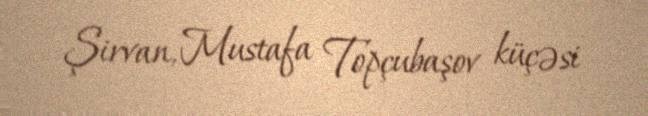
Şirvan, Mustafa Topçubaşov küçəsi